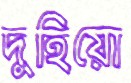
দুহিয়ো